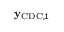
\mathbf { y } _ { \mathrm { C D C } , 1 }